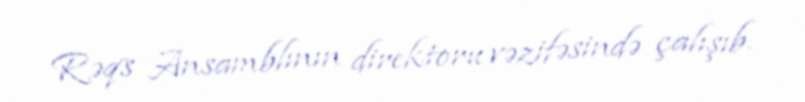
Rəqs Ansamblının direktoru vəzifəsində çalışıb.